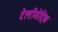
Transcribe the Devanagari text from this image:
टेलीमेट्रिक